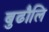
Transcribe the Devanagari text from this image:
बुढौलि